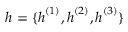
{ \boldsymbol { h } } = \{ { \boldsymbol { h } } ^ { ( 1 ) } , { \boldsymbol { h } } ^ { ( 2 ) } , { \boldsymbol { h } } ^ { ( 3 ) } \}